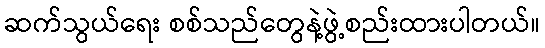
ဆက်သွယ်ရေး စစ်သည်တွေနဲ့ဖွဲ့စည်းထားပါတယ်။